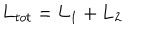
LaTeX: { \bf L } _ { t o t } = { \bf L } _ { 1 } + { \bf L } _ { 2 }